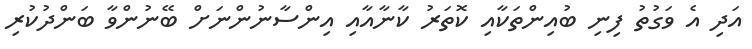
އަދި އެ ވަގުތު ފިނި ބުއިންތަކާއި ކޮތަރު ކާނާއާއި އިންސާނުންނަށް ބޭނުންވާ ބަންދުކުރި